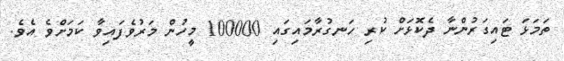
ތަމަޅަ ޓައިގަރުންނާ ދެކޮޅަށް ކުރި ހަނގުރާމައިގައި 100000 މީހުން މަރުވެފައިވާ ކަމަށްވެ އެވެ.